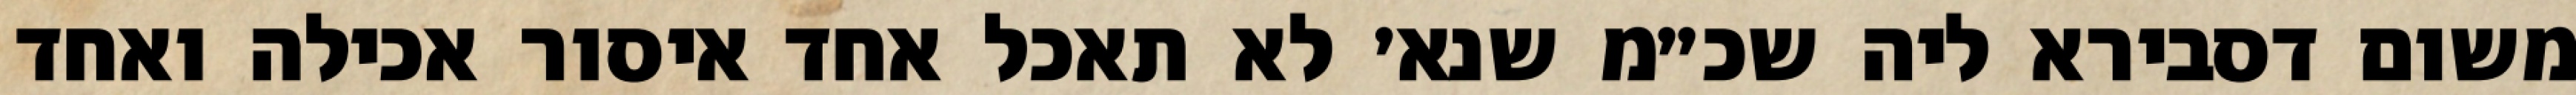
משום דסבירא ליה שכ״מ שנא׳ לא תאכל אחד איסור אכילה ואחד